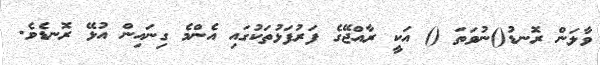
ވާލަން ރޮނޑު()ނުވަތަ () އަކީ ރާއްޖޭގެ ފަރުފަޅުތަކުގައި އެންމެ ގިނައިން އުޅޭ ރޮނޑެވެ.